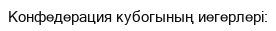
Конфедерация кубогының иегерлері: